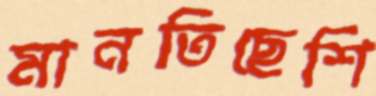
মানতিছেশি